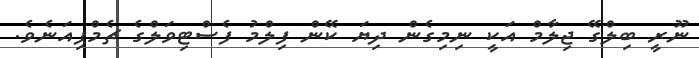
ނޫރީ ބިލްގޭ ޖިލާމް އަކީ ނިމިގެން ދިޔަ ކޭން ފިލްމު ފެސްޓިވަލްގެ ޗެމްޕިއަނެވެ.